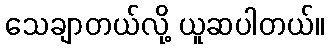
သေချာတယ်လို့ ယူဆပါတယ်။